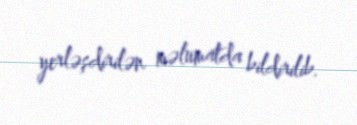
yerləşdirilən məlumatda bildirilib.